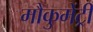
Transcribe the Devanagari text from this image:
मौकुमेंट्री